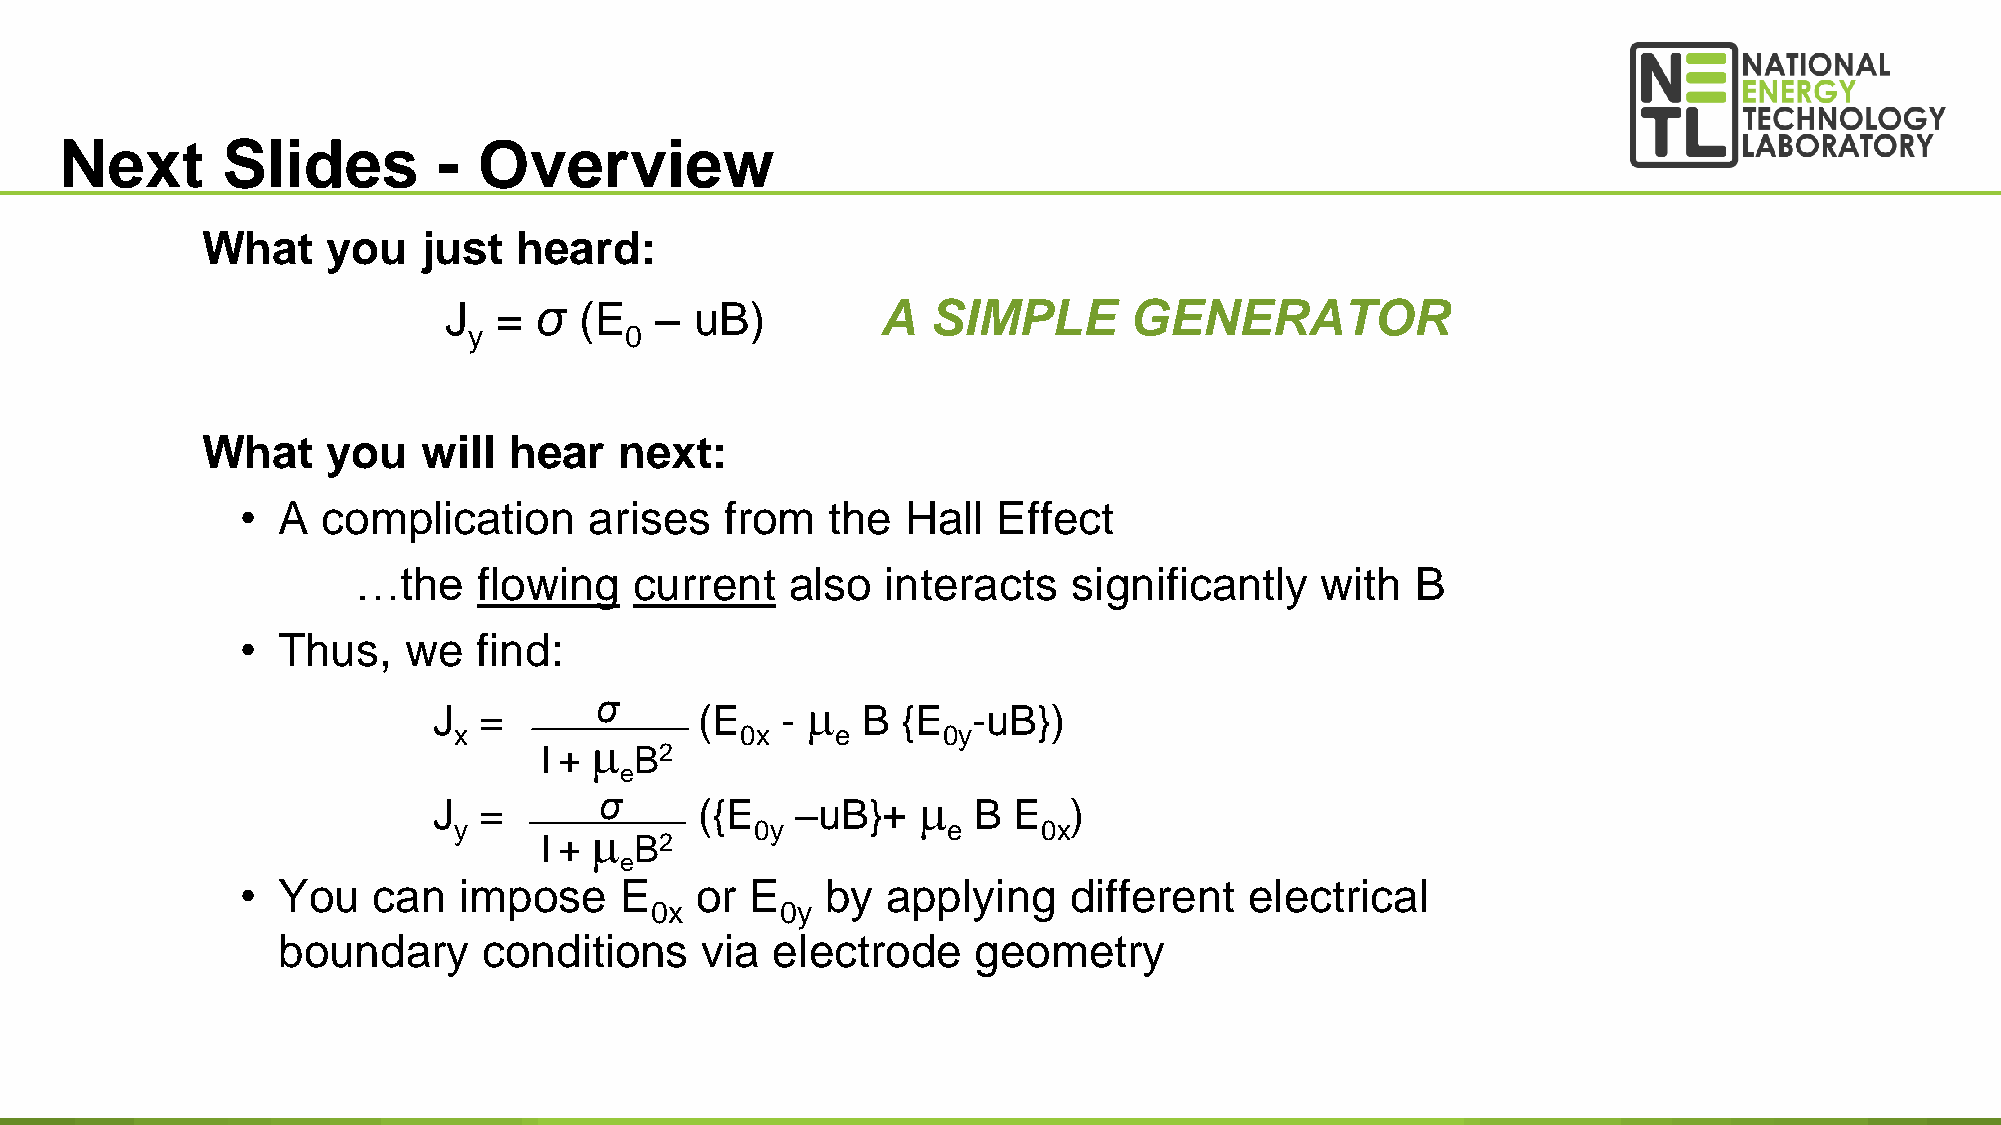
Next       Slides        -  Overview
 What     you   just  heard:
 J   = σ  (E   –  uB)         A   SIMPLE       GENERATOR
 y         0
 What     you   will  hear   next:
 • A  complication      arises   from   the  Hall  Effect
 …the     flowing   current   also   interacts   significantly   with   B
 • Thus,    we   find:
 J  =      σ      (E    -   B  {E  -uB})
 x                  0x    e      0y
 
 I +   B2
 e
 J  =       σ     ({E    –uB}+     B  E   )
 y                  0y           e     0x
 I +   B2
 e
 • You    can  impose     E    or  E    by  applying    different   electrical
 0x       0y
 boundary      conditions    via  electrode    geometry
 17